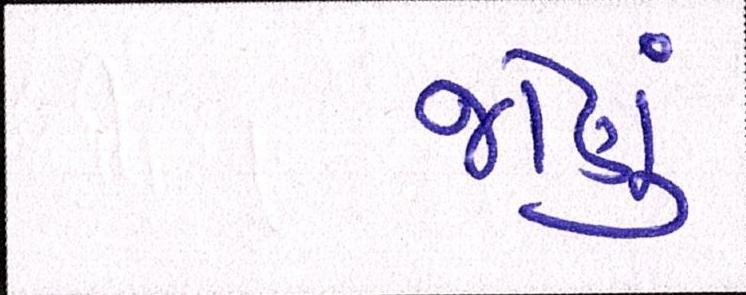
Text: જોણું